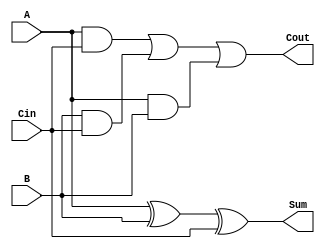
module FASeq(
	input wire A,
	input wire B,
	input wire Cin,
	output reg Sum,
	output reg Cout );
	
reg T1; reg T2; reg T3;

always @(A or B or Cin)
begin

Sum = (A ^ B) ^ Cin;
T1 = A & Cin;
T2 = B & Cin;
T3 = A & B;

Cout = (T1 | T2) | T3;
end

endmodule